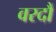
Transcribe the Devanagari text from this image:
वरदौं